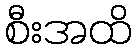
စီးအထိ